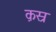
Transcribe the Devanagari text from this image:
क़स्र